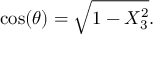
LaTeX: \cos ( \theta ) = { \sqrt { 1 - X _ { 3 } ^ { 2 } } } .